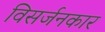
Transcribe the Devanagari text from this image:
विसर्जनकार